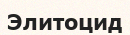
Элитоцид